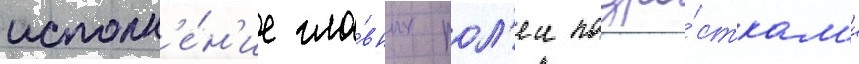
исполн'е́н'ие гла́вных рол'еи подро́сткам'и